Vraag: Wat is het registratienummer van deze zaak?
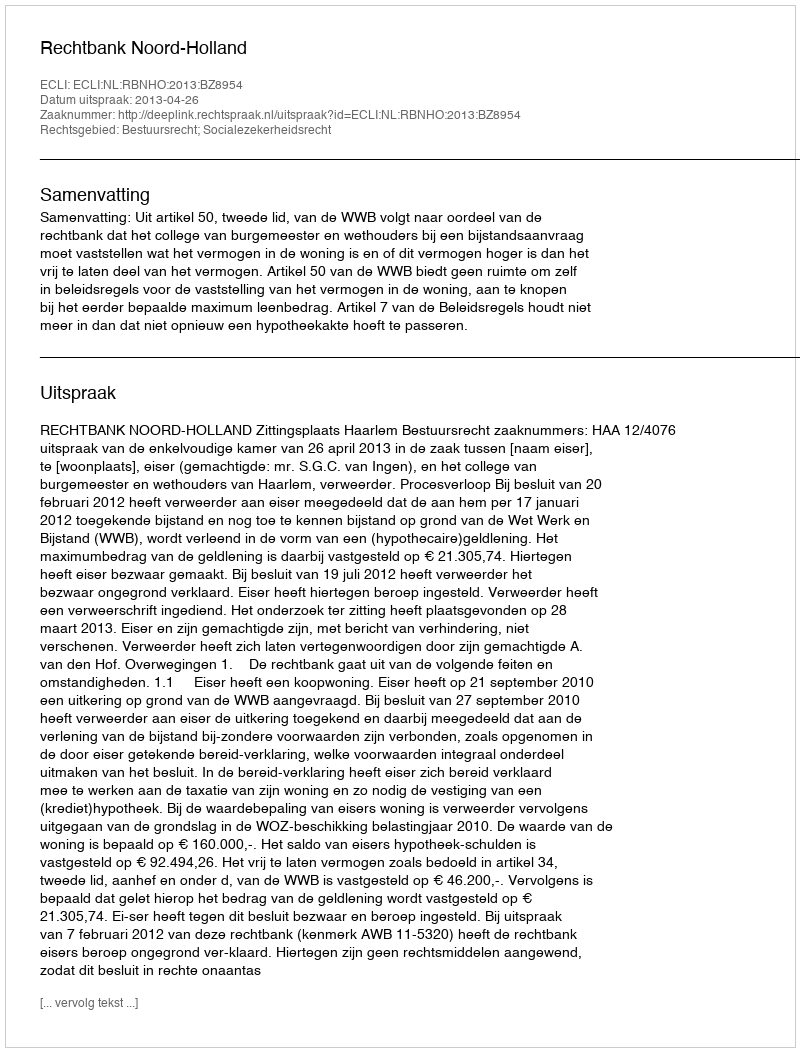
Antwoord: http://deeplink.rechtspraak.nl/uitspraak?id=ECLI:NL:RBNHO:2013:BZ8954